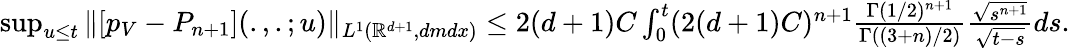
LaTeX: \begin{array}{r}{\operatorname*{sup}_{u\leq t}\| [p_{V}-P_{n+1}](.,.;u)\| _{L^{1}(\mathbb{R}^{d+1},dmdx)}\leq 2(d+1)C\int_{0}^{t}(2(d+1)C)^{n+1}\frac{\Gamma(1/2)^{n+1}}{\Gamma((3+n)/2)}\frac{\sqrt{s^{n+1}}}{\sqrt{t-s}}ds.}\end{array}